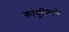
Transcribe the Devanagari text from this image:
कांवुल्सिवे